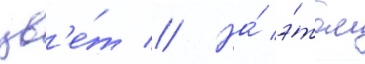
цв'е́т // На́ э́том